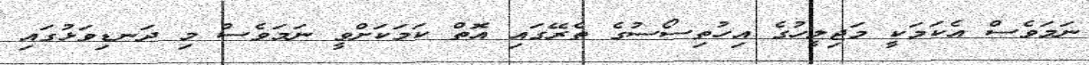
ނަމަވެސް އެކަމަކީ މަޖިލީހުގެ އިހުތިސޯސުގެ ތެރޭގައި އޮތް ކަމަކަށްވީ ނަމަވެސް މި ދަނޑިވަޅުގައި